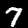
Label: 7